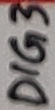
Text: DIG3